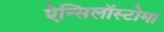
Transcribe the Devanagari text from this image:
ऐन्सिलॉस्टोमा